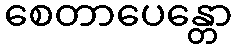
စေတာပေန္တော